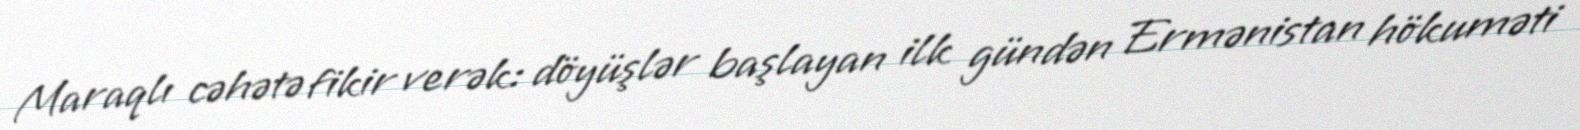
Maraqlı cəhətə fikir verək: döyüşlər başlayan ilk gündən Ermənistan hökuməti